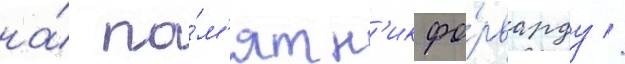
на́ па́м'ятн'ик фо́рварду //